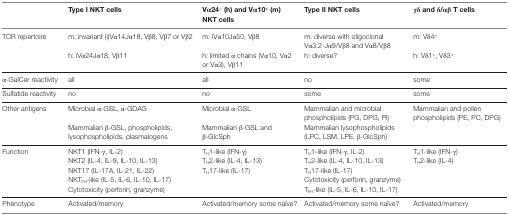
<table><thead><tr><td></td><td><b>Type I NKT cells</b></td><td><b>Vα24<sup>−</sup> (h) and Vα10<sup>+</sup> (m) NKT cells</b></td><td><b>Type II NKT cells</b></td><td><b>γδ and δ/αβ T cells</b></td></tr></thead><tbody><tr><td>TCR repertoire</td><td>m: invariant (i)Vα14Jα18, Vβ8, Vβ7 or Vβ2</td><td>m: iVα10Jα50, Vβ8</td><td>m: diverse with oligoclonal Vα3.2-Jα9/Vβ8 and Vα8/Vβ8</td><td>m: Vδ4<sup>+</sup></td></tr><tr><td></td><td>h: iVα24Jα18, Vβ11</td><td>h: limited α chains (Vα10, Vα2 or Vα3), Vβ11</td><td>h: diverse?</td><td>h: Vδ1<sup>+</sup>, Vδ3<sup>+</sup></td></tr><tr><td>α-GalCer reactivity</td><td>all</td><td>all</td><td>no</td><td>some</td></tr><tr><td>Sulfatide reactivity</td><td>no</td><td>no</td><td>some</td><td>some</td></tr><tr><td>Other antigens</td><td>Microbial α-GSL, α-GDAG</td><td>Microbial α-GSL</td><td>Mammalian and microbial phospholipids (PG, DPG, PI)</td><td>Mammalian and pollen phospholipids (PE, PC, DPG)</td></tr><tr><td></td><td>Mammalian β-GSL, phospholipids, lysophospholipids, plasmalogens</td><td>Mammalian β-GSL and β-GlcSph</td><td>Mammalian lysophospholipids (LPC, LSM, LPE, β-GlcSph)</td><td></td></tr><tr><td>Function</td><td>NKT1 (IFN-γ, IL-2)</td><td>T<sub>H</sub>1-like (IFN-γ)</td><td>T<sub>H</sub>1-like (IFN-γ, IL-2)</td><td>T<sub>H</sub>1-like (IFN-γ)</td></tr><tr><td></td><td>NKT2 (IL-4, IL-9, IL-10, IL-13)</td><td>T<sub>H</sub>2-like (IL-4, IL-13)</td><td>T<sub>H</sub>2-like (IL-4, IL-10, IL-13)</td><td>T<sub>H</sub>2-like (IL-4)</td></tr><tr><td></td><td>NKT17 (IL-17A, IL-21, IL-22)</td><td>T<sub>H</sub>17-like (IL-17)</td><td>T<sub>H</sub>17-like (IL-17)</td><td></td></tr><tr><td></td><td>NKT<sub>FH</sub>-like (IL-5, IL-6, IL-10, IL-17)</td><td></td><td>Cytotoxicity (perforin, granzyme)</td><td></td></tr><tr><td></td><td>Cytotoxicity (perforin, granzyme)</td><td></td><td>T<sub>FH</sub>-like (IL-5, IL-6, IL-10, IL-17)</td><td></td></tr><tr><td>Phenotype</td><td>Activated/memory</td><td>Activated/memory some naïve?</td><td>Activated/memory some naïve?</td><td>Activated/memory</td></tr></tbody></table>